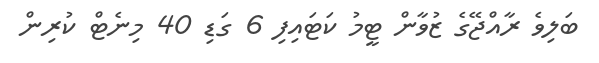
ބަލިވެ ރާއްޖޭގެ ޒުވާން ޓީމު ކަޓައިފި 6 ގަޑި 40 މިނެޓް ކުރިން